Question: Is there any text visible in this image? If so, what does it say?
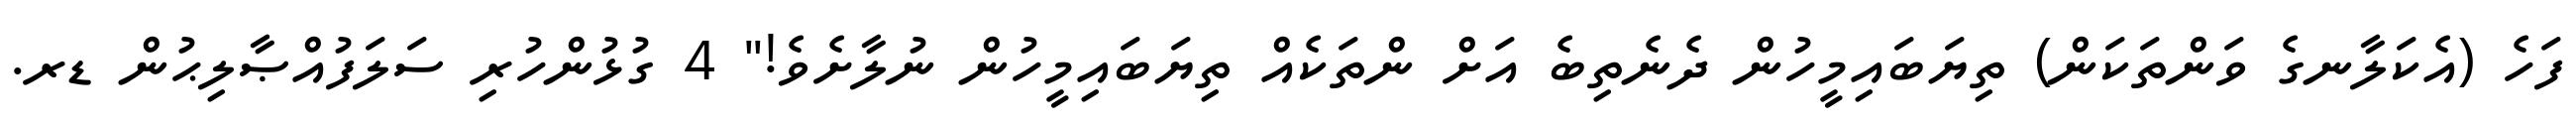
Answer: ފަހެ (އެކަލާނގެ ވަންތަކަން) ތިޔަބައިމީހުން ދެނެތިބެ އަށް ންތަކެއް ތިޔަބައިމީހުން ނުލާށެވެ!" 4 ގުޅުންހުރި ސަލަފުއްޞާލިޙުން ޑރ.